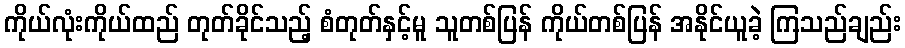
ကိုယ်လုံးကိုယ်ထည် တုတ်ခိုင်သည့် စံတုတ်နှင့်မူ သူတစ်ပြန် ကိုယ်တစ်ပြန် အနိုင်ယူခဲ့ ကြသည်ချည်း